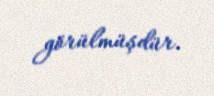
görülmüşdür.